Report on vaccination in the Province of Bengal - 1869-1873
Year: 1869
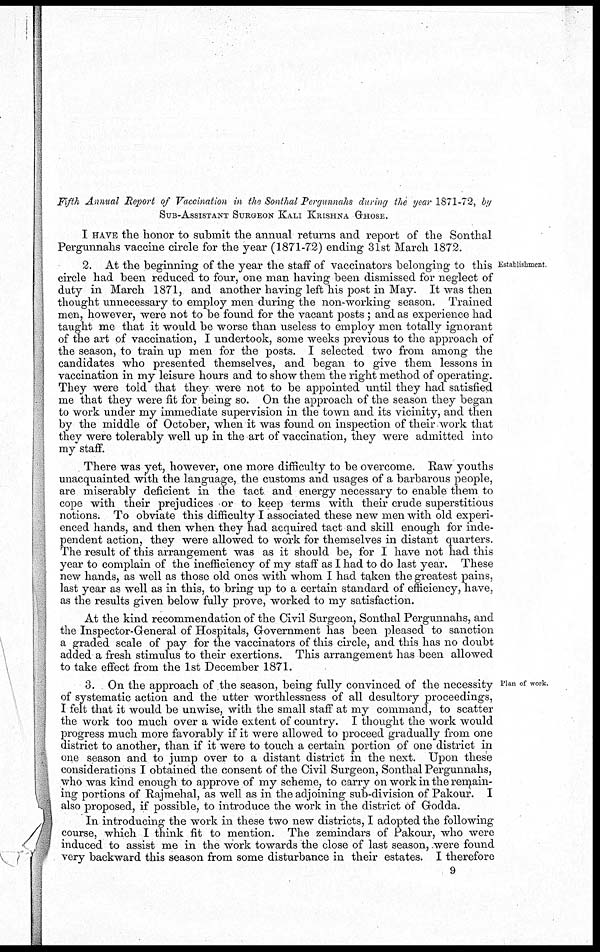
Fifth Annual Report of Vaccination in the Sonthal Pergunnahs during the year 1871-72, by
SUB-ASSISTANT SURGEON KALI KRISHNA GHOSE.
I HAVE the honor to submit the annual returns and report of the Sonthal
Pergunnahs vaccine circle for the year (1871-72) ending 31st March 1872.
Establishment
2. At the beginning of the year the staff of vaccinators belonging to this
circle had been reduced to four, one man having been dismissed for neglect of
duty in March 1871, and another having left his post in May. It was then
thought unnecessary to employ men during the non-working season. Trained
men, however, were not to be found for the vacant posts ; and as experience had
taught me that it would be worse than useless to employ men totally ignorant
of the art of vaccination, I undertook, some weeks previous to the approach of
the season, to train up men for the posts. I selected two from among the
candidates who presented themselves, and began to give them lessons in
vaccination in my leisure hours and to show them the right method of operating.
They were told that they were not to be appointed until they had satisfied
me that they were fit for being so. On the approach of the season they began
to work under my immediate supervision in the town and its vicinity, and then
by the middle of October, when it was found on inspection of their work that
they were tolerably well up in the art of vaccination, they were admitted into
my staff.
There was yet, however, one more difficulty to be overcome. Raw youths
unacquainted with the language, the customs and usages of a barbarous people,
are miserably deficient in the tact and energy necessary to enable them to
cope with their prejudices or to keep terms with their crude superstitious
notions. To obviate this difficulty I associated these new men with old experi-
enced hands, and then when they had acquired tact and skill enough for inde-
pendent action, they were allowed to work for themselves in distant quarters.
The result of this arrangement was as it should be, for I have not had this
year to complain of the inefficiency of my staff as I had to do last year. These
new hands, as well as those old ones with whom I had taken the greatest pains,
last year as well as in this, to bring up to a certain standard of efficiency, have,
as the results given below fully prove, worked to my satisfaction.
At the kind recommendation of the Civil Surgeon, Sonthal Pergunnahs, and
the Inspector-General of Hospitals, Government has been pleased to sanction
a graded scale of pay for the vaccinators of this circle, and this has no doubt
added a fresh stimulus to their exertions. This arrangement has been allowed
to take effect from the 1st December 1871.
Plan of work
3. On the approach of the season, being fully convinced of the necessity
of systematic action and the utter worthlessness of all desultory proceedings,
I felt that it would be unwise, with the small staff at my command, to scatter
the work too much over a wide extent of country. I thought the work would
progress much more favorably if it were allowed to proceed gradually from one
district to another, than if it were to touch a certain portion of one district in
one season and to jump over to a distant district in the next. Upon these
considerations I obtained the consent of the Civil Surgeon, Sonthal Pergunnahs,
who was kind enough to approve of my scheme, to carry on work in the remain-
ing portions of Rajmehal, as well as in the adjoining sub-division of Pakour. I
also proposed, if possible, to introduce the work in the district of Godda.
In introducing the work in these two new districts, I adopted the following
course, which I think fit to mention. The zemindars of Pakour, who were
induced to assist me in the work towards the close of last season, were found
very backward this season from some disturbance in their estates. I therefore
9